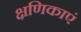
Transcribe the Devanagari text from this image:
क्षणिकाएं